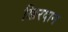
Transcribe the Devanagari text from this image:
खिरदान